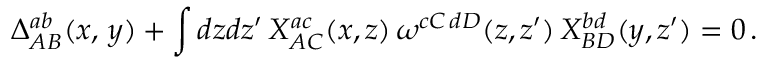
\Delta _ { A B } ^ { a b } ( x , \, y ) + \int d z d z ^ { \prime } \, X _ { A C } ^ { a c } ( x , z ) \, \omega ^ { c C \, d D } ( z , z ^ { \prime } ) \, X _ { B D } ^ { b d } ( y , z ^ { \prime } ) = 0 \, .